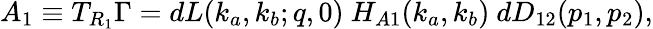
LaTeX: A_{1}\equiv T_{R_{1}}\Gamma=dL(k_{a},k_{b};q,0)~H_{A1}(k_{a},k_{b})~dD_{12}(p_{1},p_{2}),